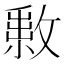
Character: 𢿔